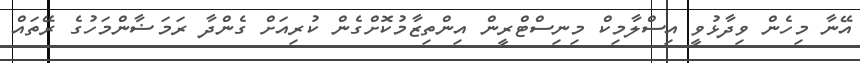
އޭނާ މިހެން ވިދާޅުވީ އިސްލާމިކް މިނިސްޓްރީން އިންތިޒާމުކޮށްގެން ކުރިއަށް ގެންދާ ރަމަޟާންމަހުގެ ރޭތައް